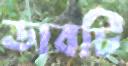
ডাবটি